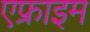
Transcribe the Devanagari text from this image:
एफ्राइम